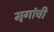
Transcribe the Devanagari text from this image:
मृगांची